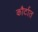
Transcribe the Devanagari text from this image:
कौर्टात